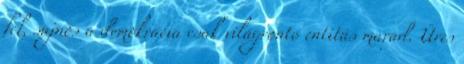
fel, sajnos a demokrácia csak világrontó entitás marad. Üres